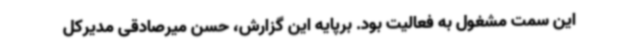
این سمت مشغول به فعالیت بود. برپایه این گزارش، حسن میرصادقی مدیرکل